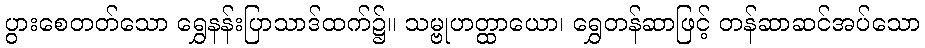
ပွားစေတတ်သော ရွှေနန်းပြာသာဒ်ထက်၌။ သမ္ဗုဟတ္ထာယော၊ ရွှေတန်ဆာဖြင့် တန်ဆာဆင်အပ်သော